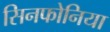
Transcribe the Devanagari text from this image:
सिनफोनिया